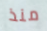
منذ